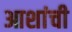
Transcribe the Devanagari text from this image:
आशांची